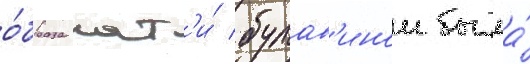
о́браза кат'и́ булав'инои была́